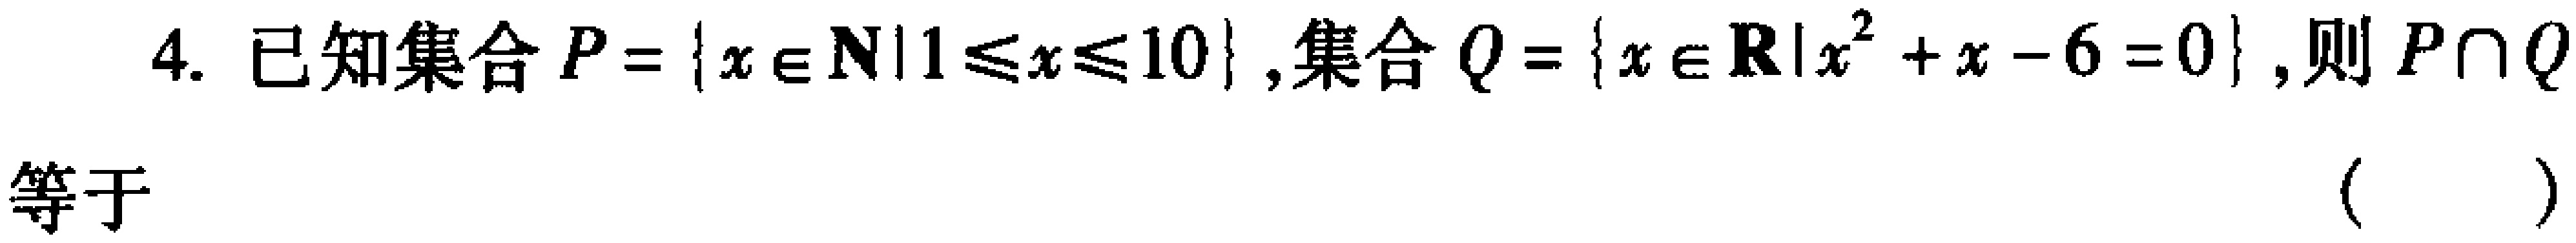
4. 已知集合\(P = \{x\in\mathbf{N}\mid1\leq x\leq10\}\),集合\(Q = \{x\in\mathbf{R}\mid x^{2}+x - 6 = 0\}\),则\(P\cap Q\)
等于 （  ）